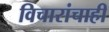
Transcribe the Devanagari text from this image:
विचारांचाही